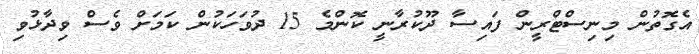
އެގޮތުން މިނިސްޓްރީން ފައިސާ ދޫކުރާނީ ކޮންމެ 15 ދުވަހަކުން ކަމަށް ވެސް ވިދާޅުވި